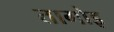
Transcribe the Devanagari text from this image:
तागोइ